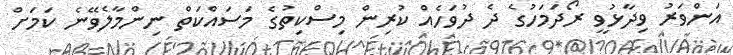
އަންވަރު ވިދާޅުވީ ރޯދަމަހުގެ ދެ ދުވަހެއް ކުރިން މިސްކިތުގެ މަސައްކަތް ނިންމާލެވޭނެ ކަމަށް